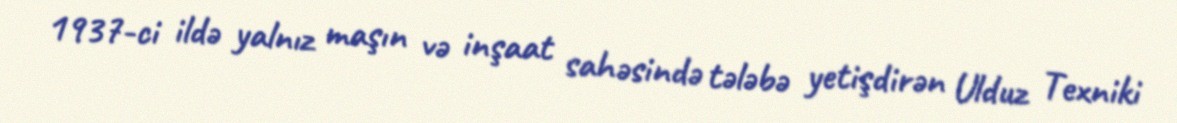
1937-ci ildə yalnız maşın və inşaat sahəsində tələbə yetişdirən Ulduz Texniki